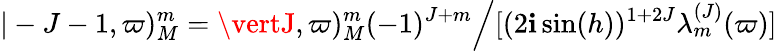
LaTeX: \vert-J-1,\varpi)_{M}^{m}=\vertJ,\varpi)_{M}^{m}(-1)^{J+m}\Bigl/[(2\mathbf{i}\sin(h))^{1+2J}\lambda_{m}^{(J)}(\varpi)]